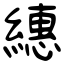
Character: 繐